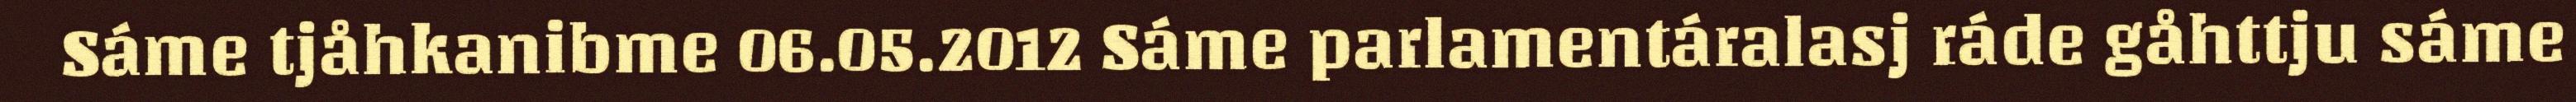
Sáme tjåhkanibme 06.05.2012 Sáme parlamentáralasj ráde gåhttju sáme